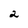
Character: 2